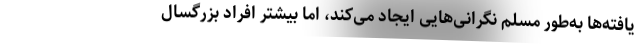
یافته‌ها به‌طور مسلم نگرانی‌هایی ایجاد می‌کند، اما بیشتر افراد بزرگسال